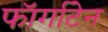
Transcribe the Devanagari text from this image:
फॉर्गाटेन